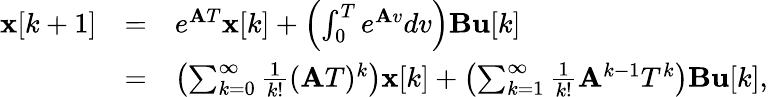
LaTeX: {\begin{array}{lll}{\mathbf{x}[k+1]}&{=}&{e^{{\mathbf{A}}T}\mathbf{x}[k]+\left(\int_{0}^{T}e^{{\mathbf{A}}v}dv\right)\mathbf{B}\mathbf{u}[k]}\\ &{=}&{\left(\sum_{k=0}^{\infty}{\frac{1}{k!}}({\mathbf{A}}T)^{k}\right)\mathbf{x}[k]+\left(\sum_{k=1}^{\infty}{\frac{1}{k!}}{\mathbf{A}}^{k-1}T^{k}\right)\mathbf{B}\mathbf{u}[k],}\end{array}}